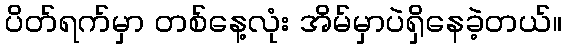
ပိတ်ရက်မှာ တစ်နေ့လုံး အိမ်မှာပဲရှိနေခဲ့တယ်။